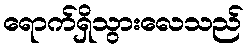
ရောက်ရှိသွားလေသည်